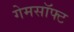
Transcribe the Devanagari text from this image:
गेमसॉफ्ट